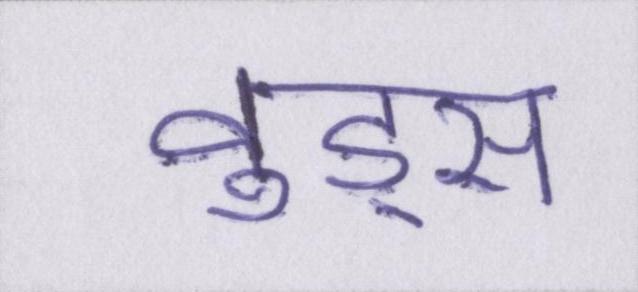
वुड्स